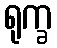
ရုက္ခ